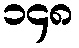
၁၄၈